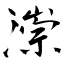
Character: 漴